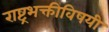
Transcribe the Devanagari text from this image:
राष्ट्रभक्तीविषयी